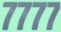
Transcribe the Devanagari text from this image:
७७७७